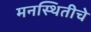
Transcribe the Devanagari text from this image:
मनस्थितीचे